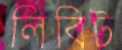
লিবিট